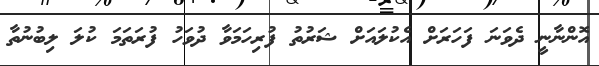
އޮންނާނީ ދެވަނަ ފަހަރަށް އެކުލައަށް ޝަރުތު ފުރިހަމަވާ ދުވަހު ފުރަތަމަ ކުލަ ލިބުނުތާ